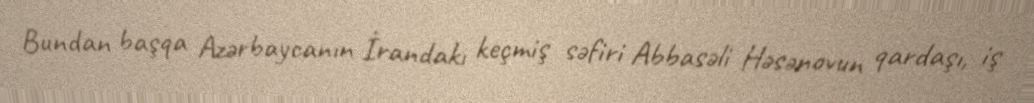
Bundan başqa Azərbaycanın İrandakı keçmiş səfiri Abbasəli Həsənovun qardaşı, iş